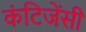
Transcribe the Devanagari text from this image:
कंटिजेंसी